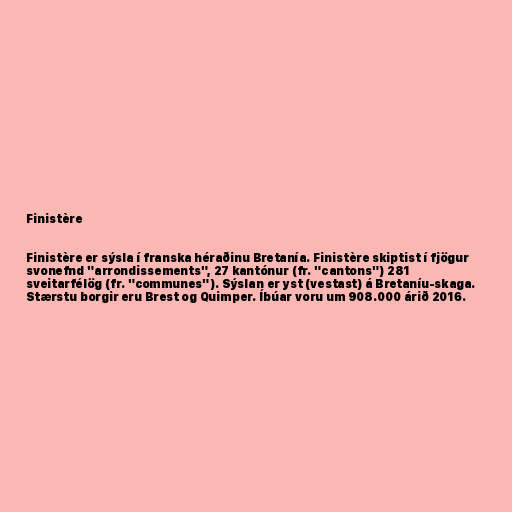
Finistère

Finistère er sýsla í franska héraðinu Bretanía. Finistère skiptist í fjögur
svonefnd "arrondissements", 27 kantónur (fr. "cantons") 281
sveitarfélög (fr. "communes"). Sýslan er yst (vestast) á Bretaníu-skaga.
Stærstu borgir eru Brest og Quimper. Íbúar voru um 908.000 árið 2016.